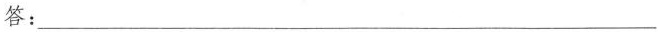
答:___